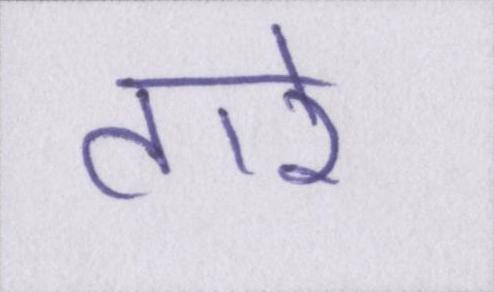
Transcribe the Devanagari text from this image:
तारे